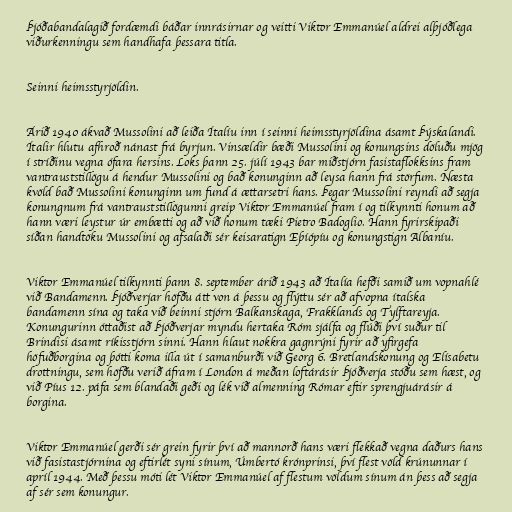
Þjóðabandalagið fordæmdi báðar innrásirnar og veitti Viktor Emmanúel aldrei alþjóðlega
viðurkenningu sem handhafa þessara titla.

Seinni heimsstyrjöldin.

Árið 1940 ákvað Mussolini að leiða Ítalíu inn í seinni heimsstyrjöldina ásamt Þýskalandi.
Ítalir hlutu afhroð nánast frá byrjun. Vinsældir bæði Mussolini og konungsins döluðu mjög
í stríðinu vegna ófara hersins. Loks þann 25. júlí 1943 bar miðstjórn fasistaflokksins fram
vantrauststillögu á hendur Mussolini og bað konunginn að leysa hann frá störfum. Næsta
kvöld bað Mussolini konunginn um fund á ættarsetri hans. Þegar Mussolini reyndi að segja
konungnum frá vantrauststillögunni greip Viktor Emmanúel fram í og tilkynnti honum að
hann væri leystur úr embætti og að við honum tæki Pietro Badoglio. Hann fyrirskipaði
síðan handtöku Mussolini og afsalaði sér keisaratign Eþíópíu og konungstign Albaníu.

Viktor Emmanúel tilkynnti þann 8. september árið 1943 að Ítalía hefði samið um vopnahlé
við Bandamenn. Þjóðverjar höfðu átt von á þessu og flýttu sér að afvopna ítalska
bandamenn sína og taka við beinni stjórn Balkanskaga, Frakklands og Tylftareyja.
Konungurinn óttaðist að Þjóðverjar myndu hertaka Róm sjálfa og flúði því suður til
Brindisi ásamt ríkisstjórn sinni. Hann hlaut nokkra gagnrýni fyrir að yfirgefa
höfuðborgina og þótti koma illa út í samanburði við Georg 6. Bretlandskonung og Elísabetu
drottningu, sem höfðu verið áfram í London á meðan loftárásir Þjóðverja stóðu sem hæst, og
við Píus 12. páfa sem blandaði geði og lék við almenning Rómar eftir sprengjuárásir á
borgina.

Viktor Emmanúel gerði sér grein fyrir því að mannorð hans væri flekkað vegna daðurs hans
við fasistastjórnina og eftirlét syni sínum, Úmbertó krónprinsi, því flest völd krúnunnar í
apríl 1944. Með þessu móti lét Viktor Emmanúel af flestum völdum sínum án þess að segja
af sér sem konungur.